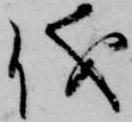
儀